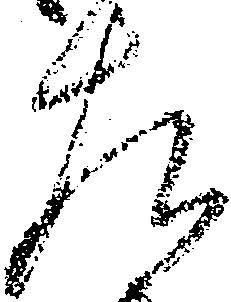
左